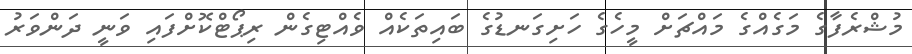
މުޝްރެފާގެ މަގެއްގެ މައްޗަށް މީހެގެ ހަށިގަނޑުގެ ބައިތަކެއް ވެއްޓިގެން ރިޕޯޓްކޮށްފައި ވަނީ ދަންވަރު